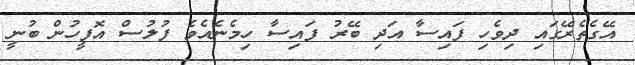
އޭގެތެރޭގައި ދިވެހި ފައިސާ އަދި ބޭރު ފައިސާ ހިމެނެއެވެ ފުލުސް އޮފީހުން ބުނީ